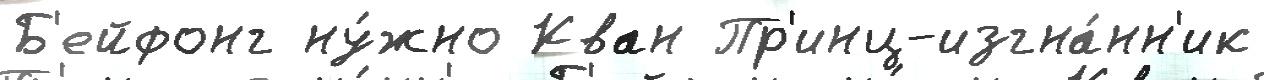
Б'ейфонг ну́жно Кван Пр'инц-изгна́нн'ик